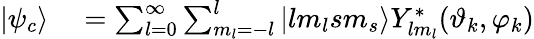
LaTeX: \begin{array}{rl}{|\psi_{c}\rangle}&{{}=\sum_{l=0}^{\infty}\sum_{m_{l}=-l}^{l}|lm_{l}sm_{s}\rangle Y_{lm_{l}}^{*}(\vartheta_{k},\varphi_{k})}\end{array}